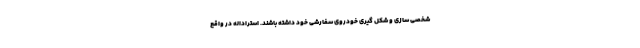
شخصی سازی و شکل گیری خودروی سفارشی خود داشته باشند. استراداله در واقع